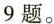
9题。